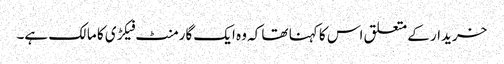
خریدار کے متعلق اس کا کہنا تھا کہ وہ ایک گارمنٹ فیکڑی کا مالک ہے۔